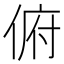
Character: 俯